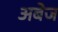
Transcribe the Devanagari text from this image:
अबेज